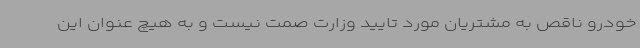
خودرو ناقص به مشتریان مورد تایید وزارت صمت نیست و به هیچ عنوان این